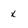
Character: x